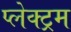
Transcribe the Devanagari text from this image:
प्लेक्ट्रम